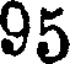
95